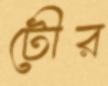
টৌর